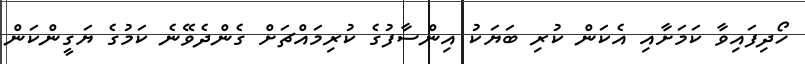
ހޯދިފައިވާ ކަމަށާއި އެކަން ކުރި ބަޔަކު އިންސާފުގެ ކުރިމައްޗަށް ގެންދެވޭނެ ކަމުގެ ޔަގީންކަން